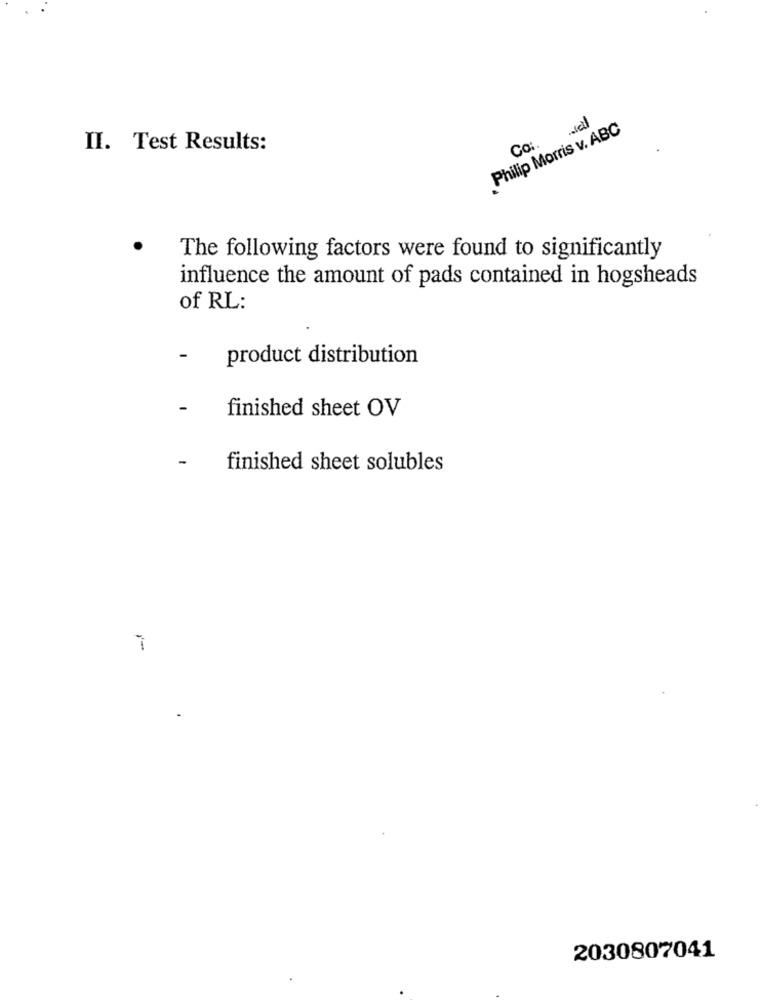
Philip Morris v. ABC
Co;
II. Test Results:
The following factors were found to significantly
influence the amount of pads contained in hogsheads
of RL:
-
product distribution
-
finished sheet OV
-
finished sheet solubles
7
2030807041